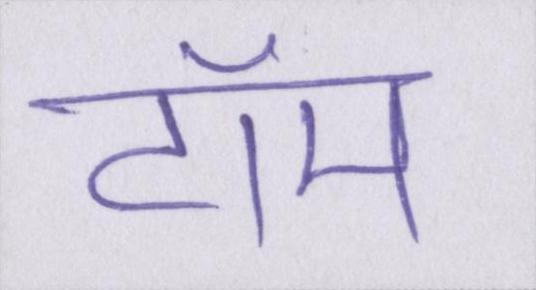
टॉम